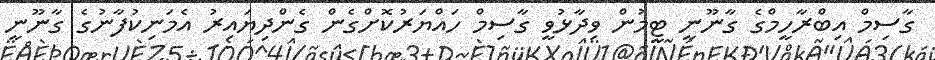
ގާސިމް އިބްރާހީމްގެ ގާނޫނީ ޓީމުން ވިދާޅުވީ ގާސިމް ހައްޔަރުކޮށްގެން ގެންދިޔައިރު އެމަނިކުފާނުގެ ގާނޫނީ